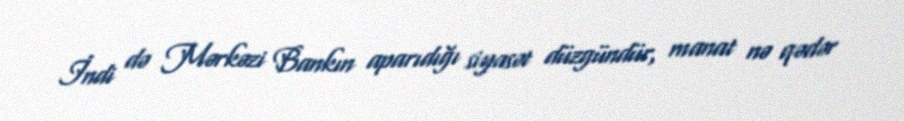
İndi də Mərkəzi Bankın aparıdığı siyasət düzgündür, manat nə qədər